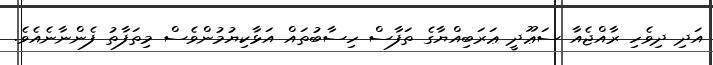
އަދި ދިވެހި ރާއްޖެއާ ސަޢޫދީ ޢަރަބިއްޔާގެ ތަފާސް ހިސާބުތައް އަޅާކިޔުމުންވެސް މިތަފާތު ފެންނާނެއެވެ.